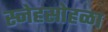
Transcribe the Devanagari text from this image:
स्नेहसोहळा